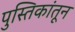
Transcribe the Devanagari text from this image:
पुस्तिकांतून